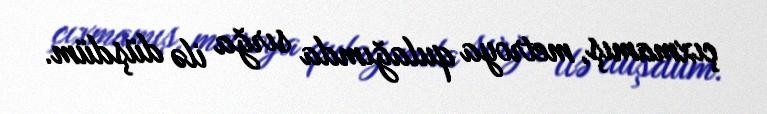
çıxmamış, metroya qulağımda sırğa ilə düşdüm.